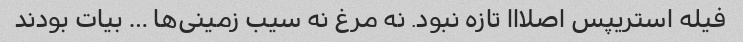
فیله استریپس اصلااا تازه نبود. نه مرغ نه سیب زمینی‌ها … بیات بودند